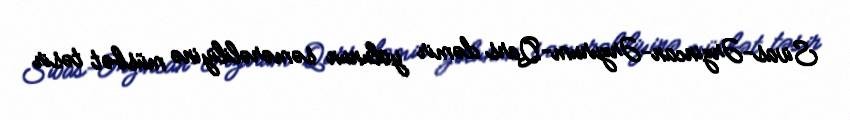
Sivas-Ərzincan-Ərzurum-Qars dəmir yolunun səmərəliliyinə müsbət təsir